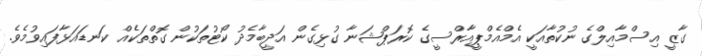
ގާޒީ އިސްމާއިލްގެ ނުކުތާއަކީ އެމްއެމްޕީއާރްސީގެ ކޮރަޕްޝަނާ ގުޅިގެން އަދީބާމެދު ކޯޓުތަކުން ގޮތްތަކެއް ކަނޑައަޅާފައިވުމެވެ.